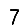
Digit: 7